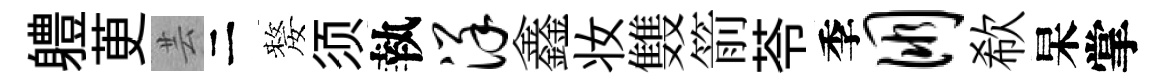
軆茰芸二嫠须執详鑫妆䨇箭苓季朋欷杲掌